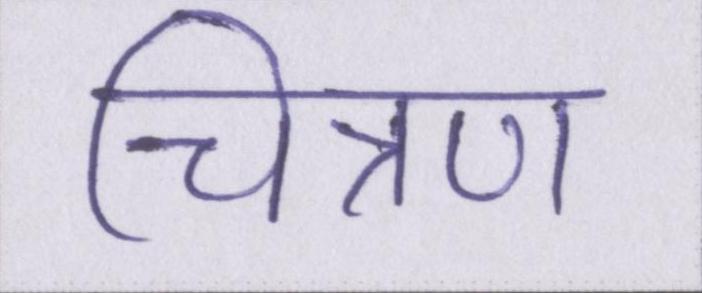
चित्रण